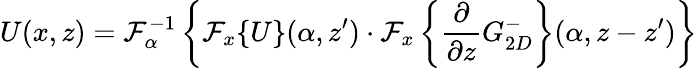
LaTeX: U(x,z)=\mathcal{F}_{\alpha}^{-1}\left\{ \mathcal{F}_{x}\{ U\} (\alpha,z^{\prime})\cdot\mathcal{F}_{x}\left\{ \frac{\partial}{\partial z}G_{2D}^{-}\right\} (\alpha,z-z^{\prime})\right\}